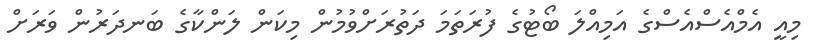
މިއީ އެމްއެސްއެސްގެ އަމިއްލަ ބޯޓުގެ ފުރަތަމަ ދަތުރަށްވުމުން މިކަން ލަންކާގެ ބަނދަރުން ވަރަށް